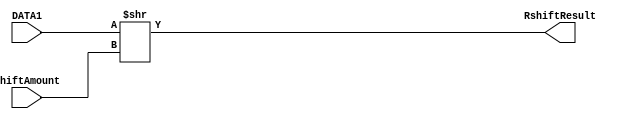
module barrelShifter (
    input [31:0] DATA1,
    input [4:0] shiftAmount,  // Adjusted width to match input from alu module
    output reg [31:0] RshiftResult
);

always @* begin
    RshiftResult = DATA1 >> shiftAmount;
end

endmodule

module alu(
    input [7:0] DATA1,
    input [7:0] DATA2,
    input [2:0] SELECT,
    output reg [7:0] RESULT,
    output reg ZERO
);

// Internal register declaration
wire [31:0] RshiftResult; // Changed to wire type as it's an output from barrelShifter

// Instantiation of barrel shifter
barrelShifter myRightLogicalShifter(
    .DATA1({24'd0, DATA1}),  // Padding DATA1 to match the width of barrelShifter input
    .shiftAmount(DATA2[4:0]),
    .RshiftResult(RshiftResult)
);

// Always block triggered on input changes
always @* begin
    // Case statement based on SELECT input
    case(SELECT)
        3'b000: #1 RESULT = DATA2;           // Forward function
        3'b001: #2 RESULT = DATA1 + DATA2;   // Add and Sub function
        3'b010: #1 RESULT = DATA1 & DATA2;   // AND and Sub function
        3'b011: #1 RESULT = DATA1 | DATA2;   // OR and Sub function
        // Setting 1XX selection inputs as reserved for future references
        3'b100: RESULT = RshiftResult; 
        3'b101: RESULT = 8'b00000000; 
        3'b110: RESULT = 8'b00000000; 
        3'b111: RESULT = 8'b00000000; 
    endcase 
end

// Always block for generating the ZERO bit based on the alu result
always @* begin
    ZERO = (RESULT == 8'b0);
end

endmodule